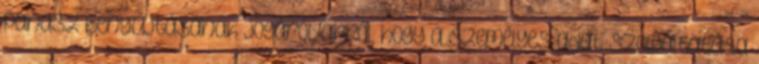
panasz benyújtásának jogáról; arról, hogy a személyes adat szolgáltatása